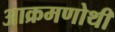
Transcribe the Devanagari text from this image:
आक्रमणोथी